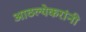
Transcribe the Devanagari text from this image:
आठल्येकरांनी